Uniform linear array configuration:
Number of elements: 64
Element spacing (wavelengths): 0.5
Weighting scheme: uniform
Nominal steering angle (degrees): -30
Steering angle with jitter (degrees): -30.397
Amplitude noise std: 0.05
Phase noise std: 0.05

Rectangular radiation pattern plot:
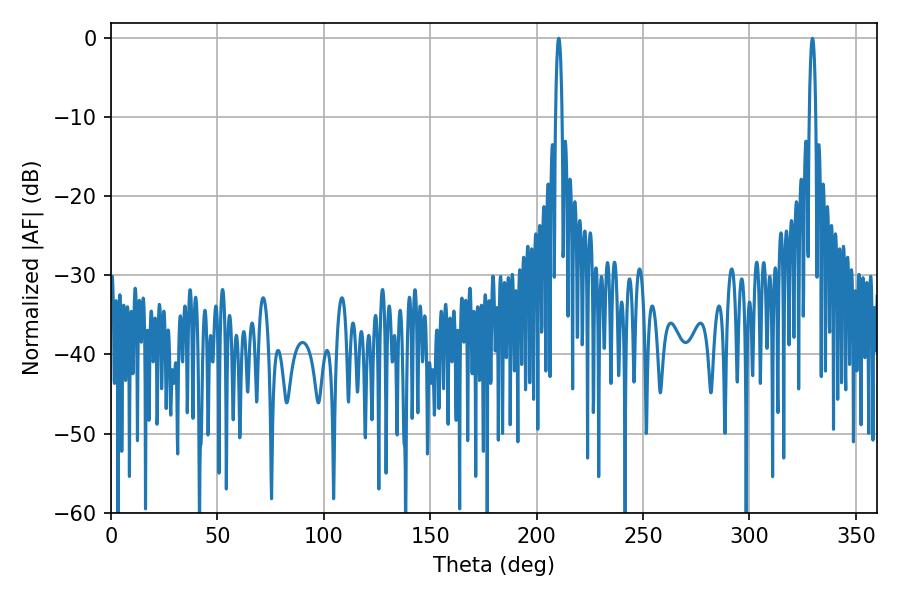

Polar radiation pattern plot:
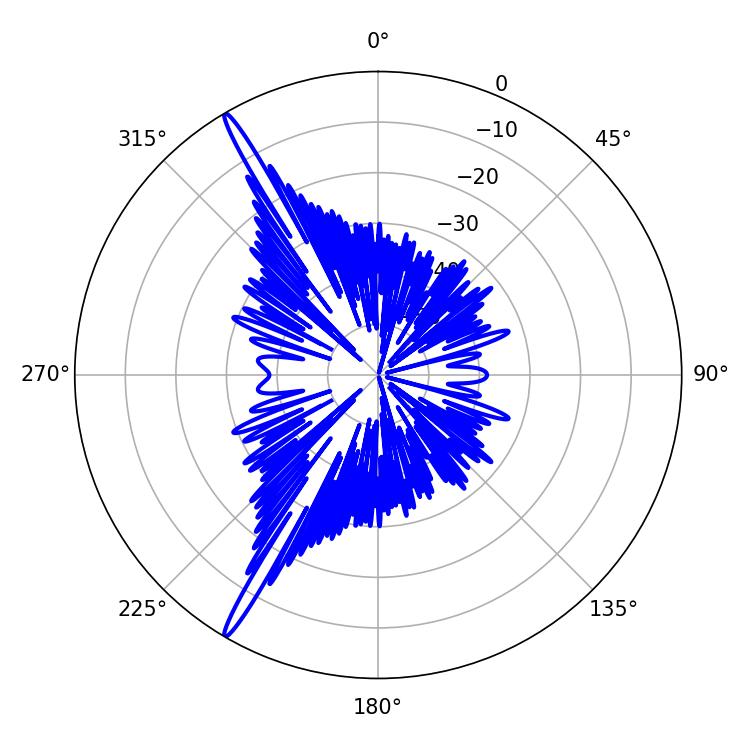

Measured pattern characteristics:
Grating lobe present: FALSE
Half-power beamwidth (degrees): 1.62
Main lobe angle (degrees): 210.42